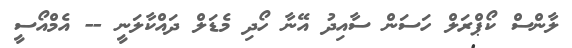
ލާންސް ކޯޕްރަލް ހަސަން ސާއިދު އޭނާ ހޯދި މެޑަލް ދައްކާލަނީ -- އެމްއޯސީ